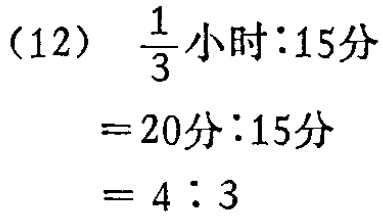
(12) \(\frac{1}{3}\)小时\(:15\)分

\(=20\)分\(:15\)分

\(= 4:3\)